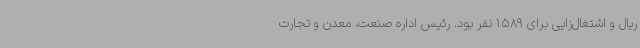
ریال و اشتغال‌زایی برای 1589 نفر بود. رئیس اداره صنعت، معدن و تجارت